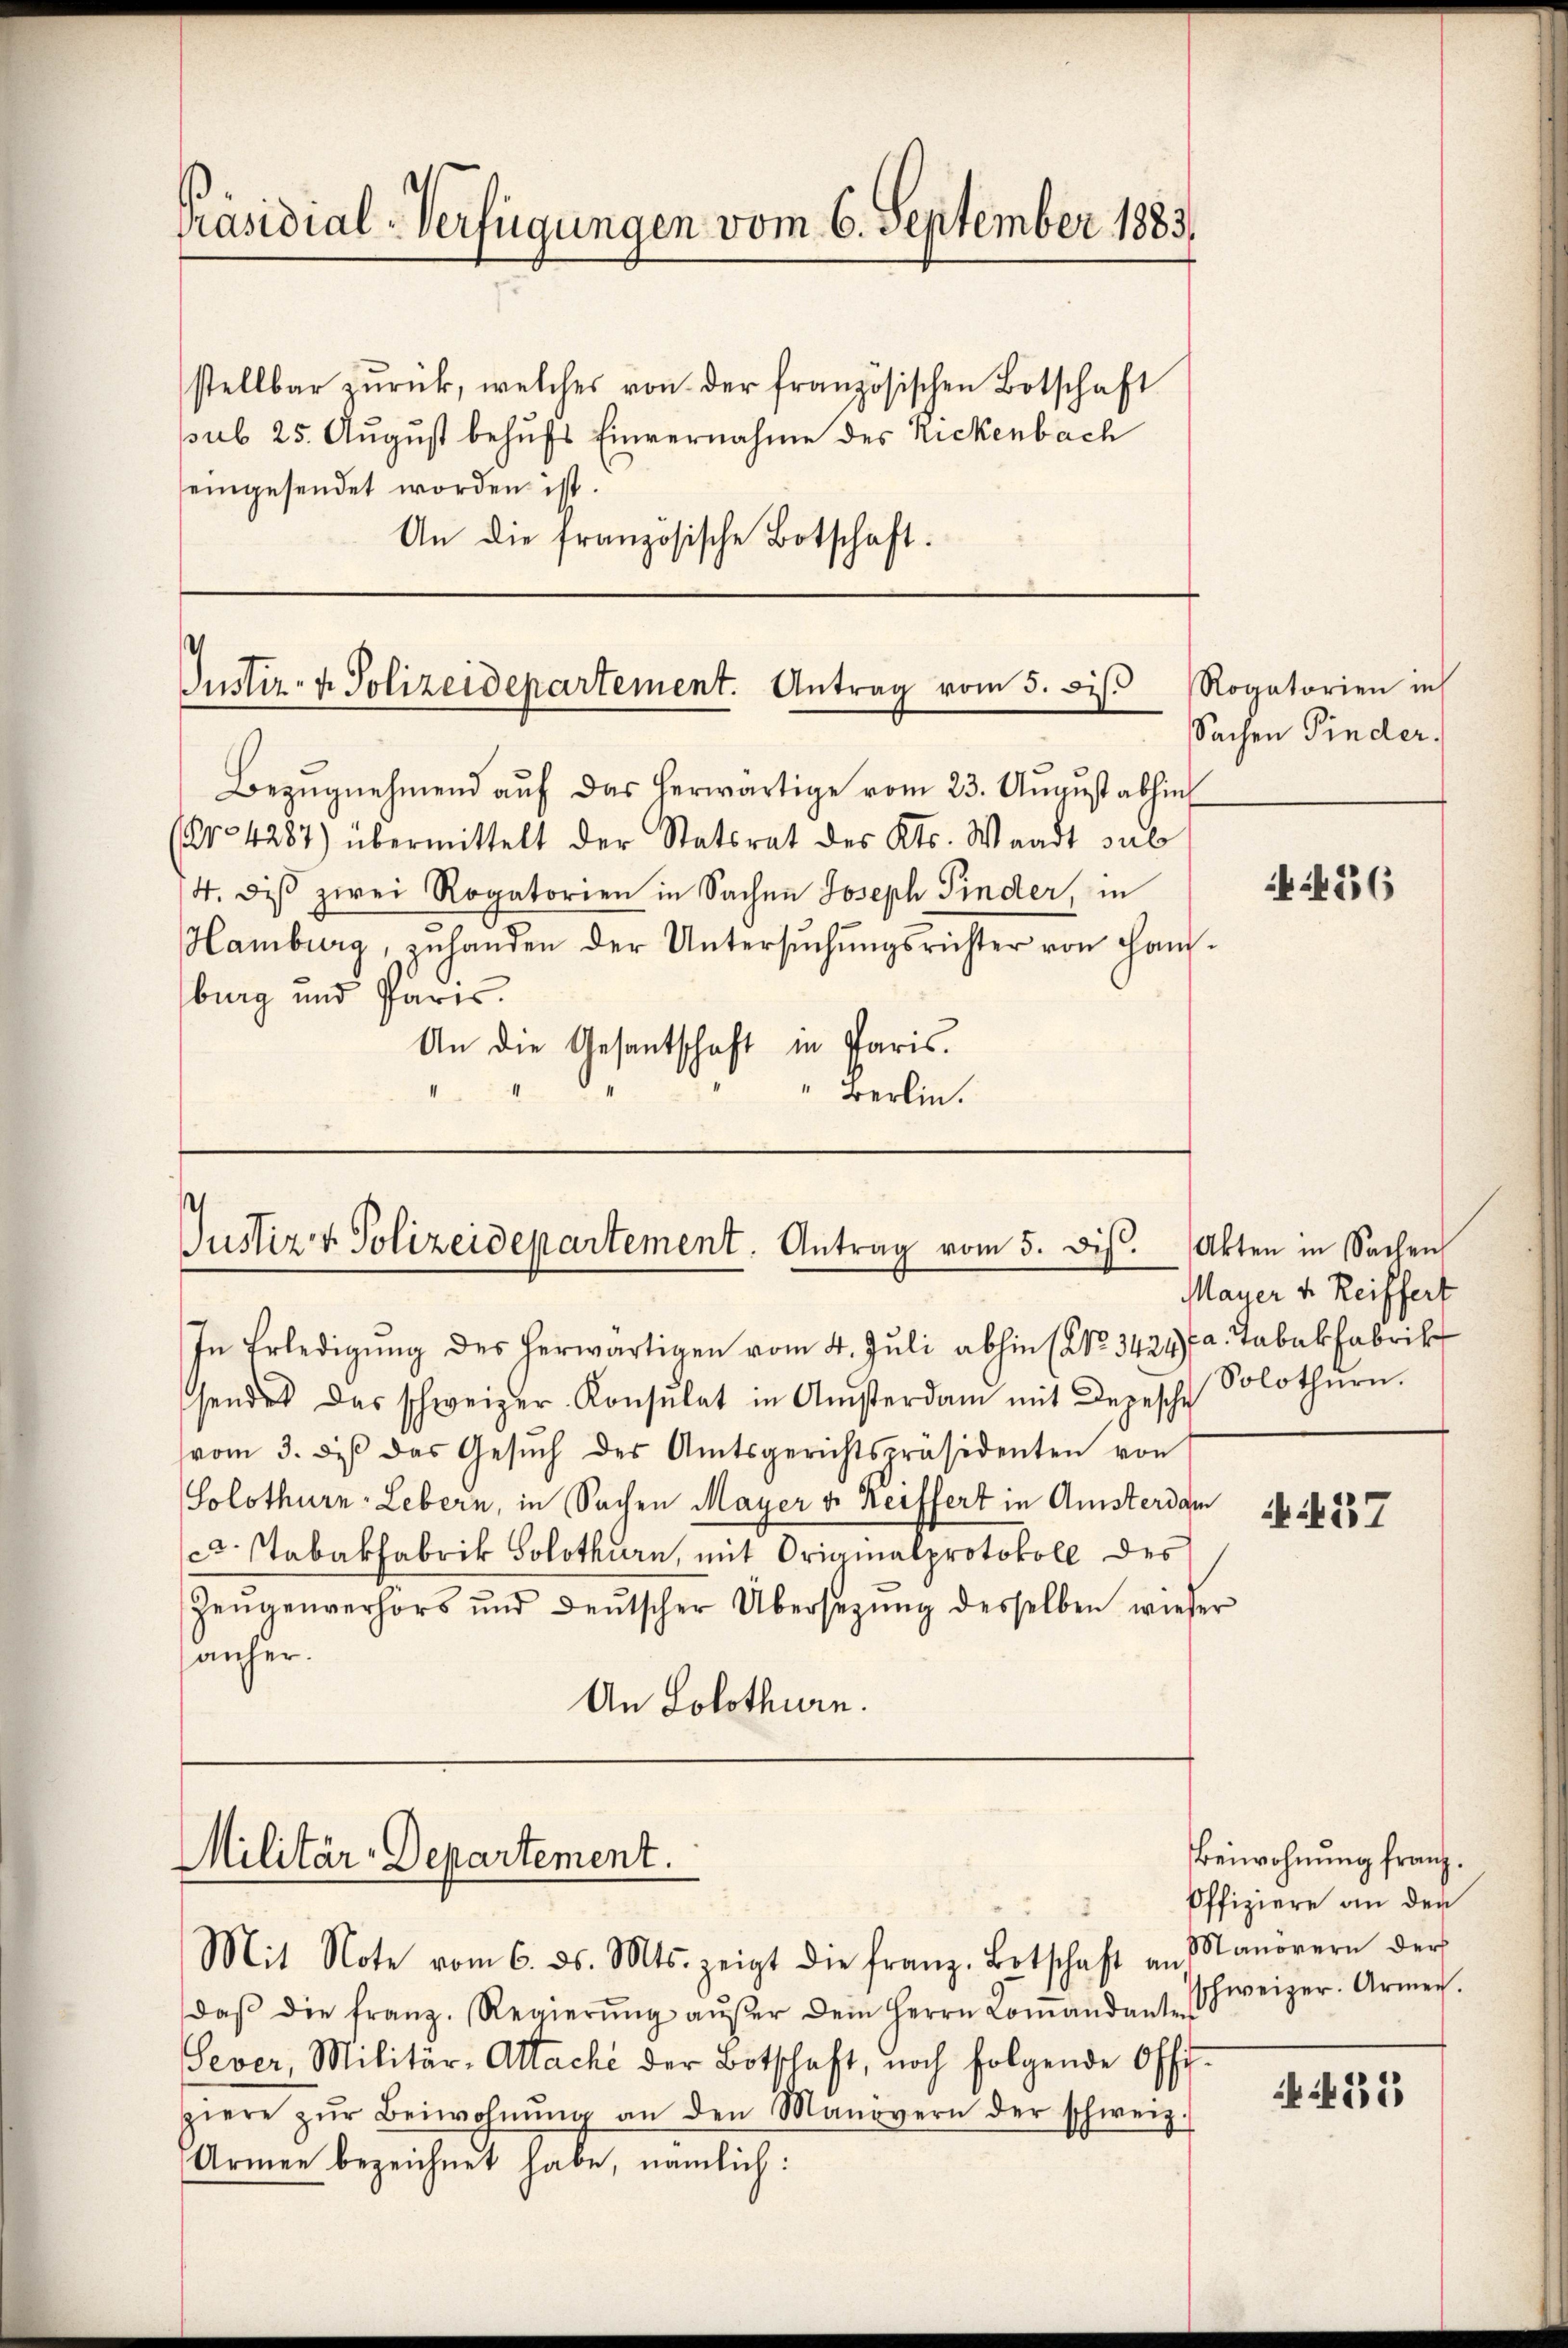
An die französische Botschaft.

Präsidial-Verfügungen vom 6. September 1883.
stellbar zŭrück, welches von der französischen Botschaft
sub 25. August behufs Einvernahme des Rickenbach
eingesendet worden ist.

Justiz- & Polizeidepartement. Antrag vom 5. bis.

Bezŭgnehmend aŭf das herwärtige vom 23. Aŭgŭst abhin
(No 4287) übermittelt der Statsrat des Kts. Waadt sub
4. des zwei Rogatorien in Sachen Joseph Finder, in
Hamburg, zuhanden der Untersuchungsrichter von Hausburg und Paris.
aris.
An die Gesantschaft in P
" Berlin.

Justiz & Polizeidepartement. Antrag vom 5. ds. Akten in Sachen

In Erledigung des herwärtigen vom 4. Juli abhin (No. 3424fa. Tabakfabrik
sendes das schweizer Konsulat in Amsterdam mit Depesche Solothŭrn.
vom 3. des das Gesŭch des Amtsgerichtspräsidenten von
Solothurn, Lebern, in Sachen Mayer v. Reiffert in Amsterdam
c. Stabakfabrik Solothurn, mit Originalprotokoll des
Zeugenverhörs und deŭtscher Übersetzŭng desselben wieser
anher.
An Solothurn.

Militär-Departement.
Mit Note vom 6. ds. Mts. zeigt die franz. Botschaft an Manorern der

daβ die franz. Regierŭng aŭβer dem Herrn Coṁandanten
Sever, Militär-Attache der Botschaft, noch folgende Offi
piere zŭr Beiwohnŭng an den Manövern der schweiz.
Armen bezeichnet habe, nämlich:

Rogatorien in
Sachen Finder.

456

Mayer v. Reiffert

N. 27

Beiwohnung franz.
Offiziere an den
schweizer. Armen.

235